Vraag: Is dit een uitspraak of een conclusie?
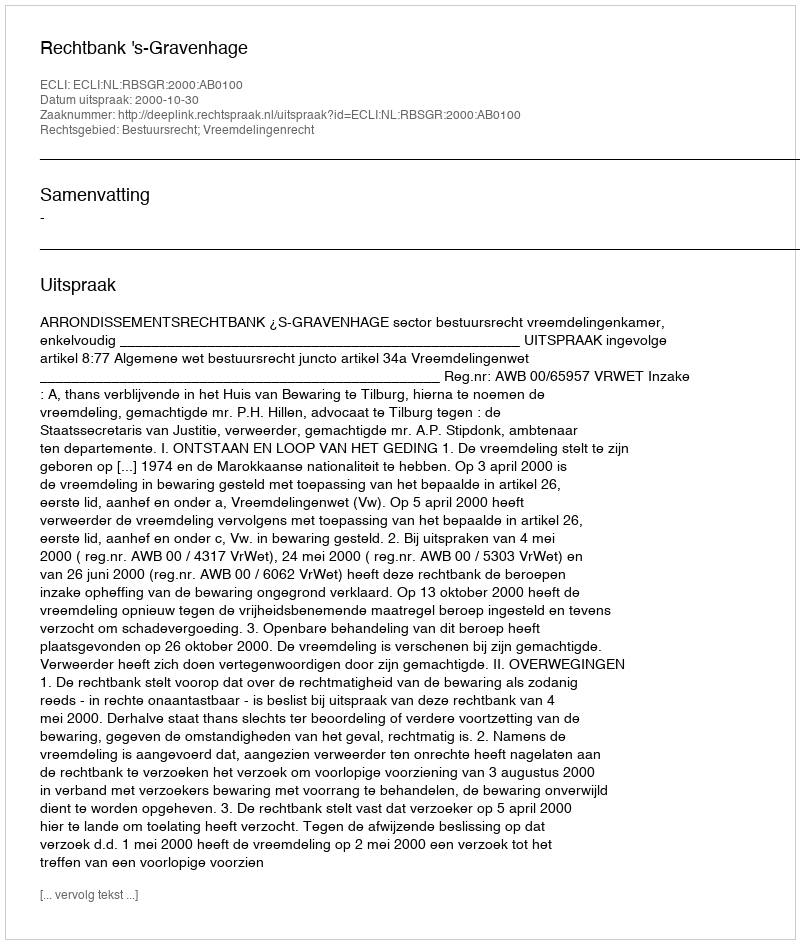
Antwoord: Uitspraak